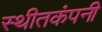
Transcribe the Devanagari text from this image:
स्थीतकंपनी